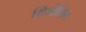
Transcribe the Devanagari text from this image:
सिओलिम